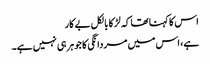
اس کا کہنا تھا کہ لڑکا بالکل بے کار
ہے، اس میں مردانگی کا جوہر ہی نہیں ہے۔